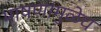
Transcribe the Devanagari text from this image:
भाषणांमुळेच